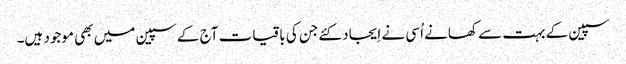
سپین کے بہت سے کھانے اُسی نے اِیجاد کئےجن کی باقیات آج کے سپین میں بھی موجود ہیں۔